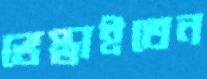
ভেস্তাইতেন